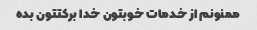
ممنونم از خدمات خوبتون خدا برکتتون بده